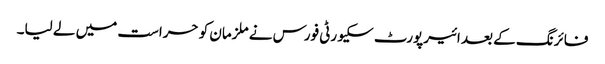
فائرنگ کے بعد ائیرپورٹ سکیورٹی فورس نے ملزمان کو حراست میں لے لیا۔